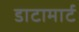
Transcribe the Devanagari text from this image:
डाटामार्ट